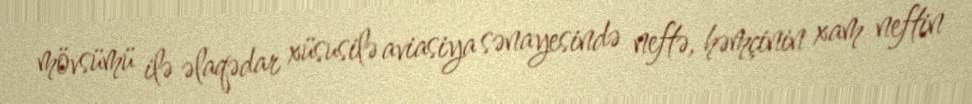
mövsümü ilə əlaqədar xüsusilə aviasiya sənayesində neftə, həmçinin xam neftin